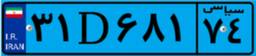
۳۱D۶۸۱۷۴